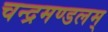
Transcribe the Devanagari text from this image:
चन्द्रमण्डलम्